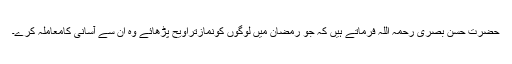
حضرت حسن بصری رحمہ اللہ فرماتے ہیں کہ جو رمضان میں لوگوں کونمازتراویح پڑھائے وہ ان سے آسانی کامعاملہ کرے۔